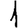
Digit: 1